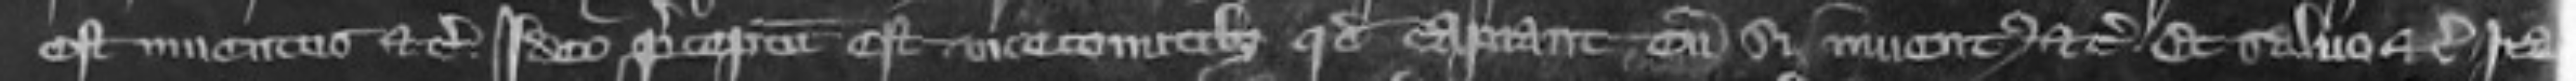
est inventus etc ideo preceptum est vicecomitibus quod capiant eum si inventus etc et salvo etc Ita